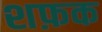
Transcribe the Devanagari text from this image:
शफ़क